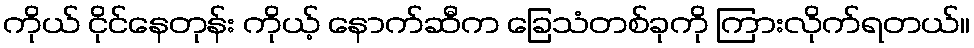
ကိုယ် ငိုင်နေတုန်း ကိုယ့် နောက်ဆီက ခြေသံတစ်ခုကို ကြားလိုက်ရတယ်။